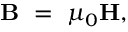
\mathbf { B } \ = \ \mu _ { 0 } \mathbf { H } ,